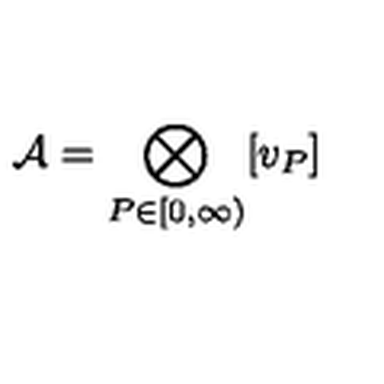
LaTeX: { \mathcal { A } } = \bigotimes _ { P \in \lbrack 0 , \infty ) } [ v _ { P } ]